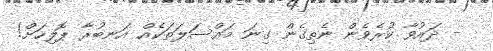
- ދައުވާ ކުރެވެން ނެތިގެން ގިނަ މައްސަލަތަކެއް އަނބުރާ ޕޮލިހަށް!